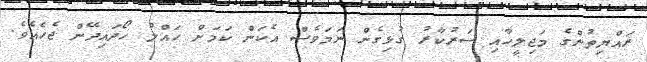
ރައްޔިތުންގެ މަޖިލީހާއި ސަރުކާރު ގުޅިގެން ނަމަވެސް އެކަން ކަމަށް ހައްލު ހޯދައިދޭން ޖެހެއެވެ.